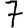
Digit: 7